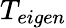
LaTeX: T_{eigen}